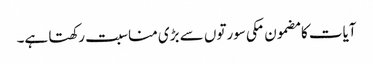
آیات کا مضمون مکی سورتوں سے بڑی مناسبت رکھتا ہے۔